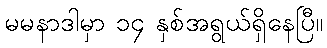
မမနာဒါမှာ ၁၄ နှစ်အရွယ်ရှိနေပြီ။